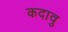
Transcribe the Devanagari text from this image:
कदावु